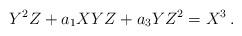
LaTeX: \begin{align*} Y^2Z + a_1 XYZ + a_3 YZ^2 = X^3\,. \end{align*}